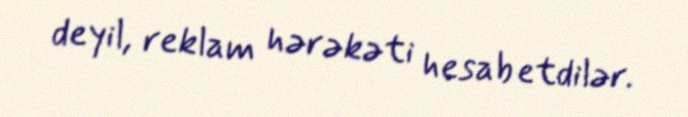
deyil, reklam hərəkəti hesab etdilər.